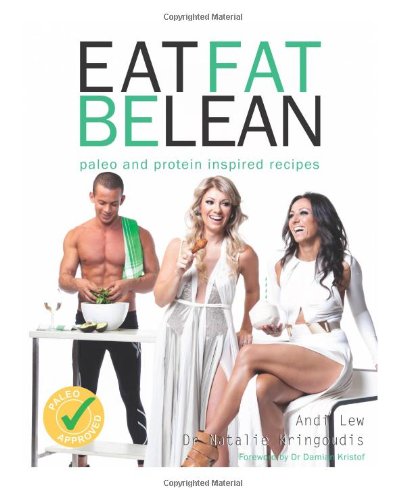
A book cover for Eat Fat Be Lean: Protein and Paleo Inspired Recipes; Andi Lew; Health, Fitness & Dieting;